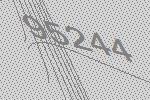
95244